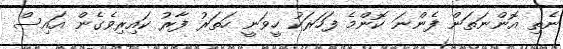
ނެތި އޮންނަތަން ފެންނަ ކޮންމެ ފަހަރަކު ހީވަނީ ހަތަރު ފާރު ކައިރިވެގެން އައިސް